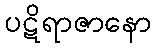
ပဋိရာဇာနော